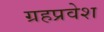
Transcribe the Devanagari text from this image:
ग्रहप्रवेश